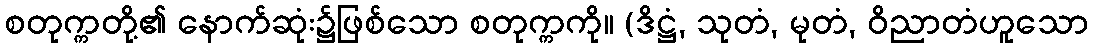
စတုက္ကတို့၏ နောက်ဆုံး၌ဖြစ်သော စတုက္ကကို။ (ဒိဋ္ဌံ, သုတံ, မုတံ, ဝိညာတံဟူသော